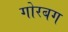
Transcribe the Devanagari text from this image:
गोरबग